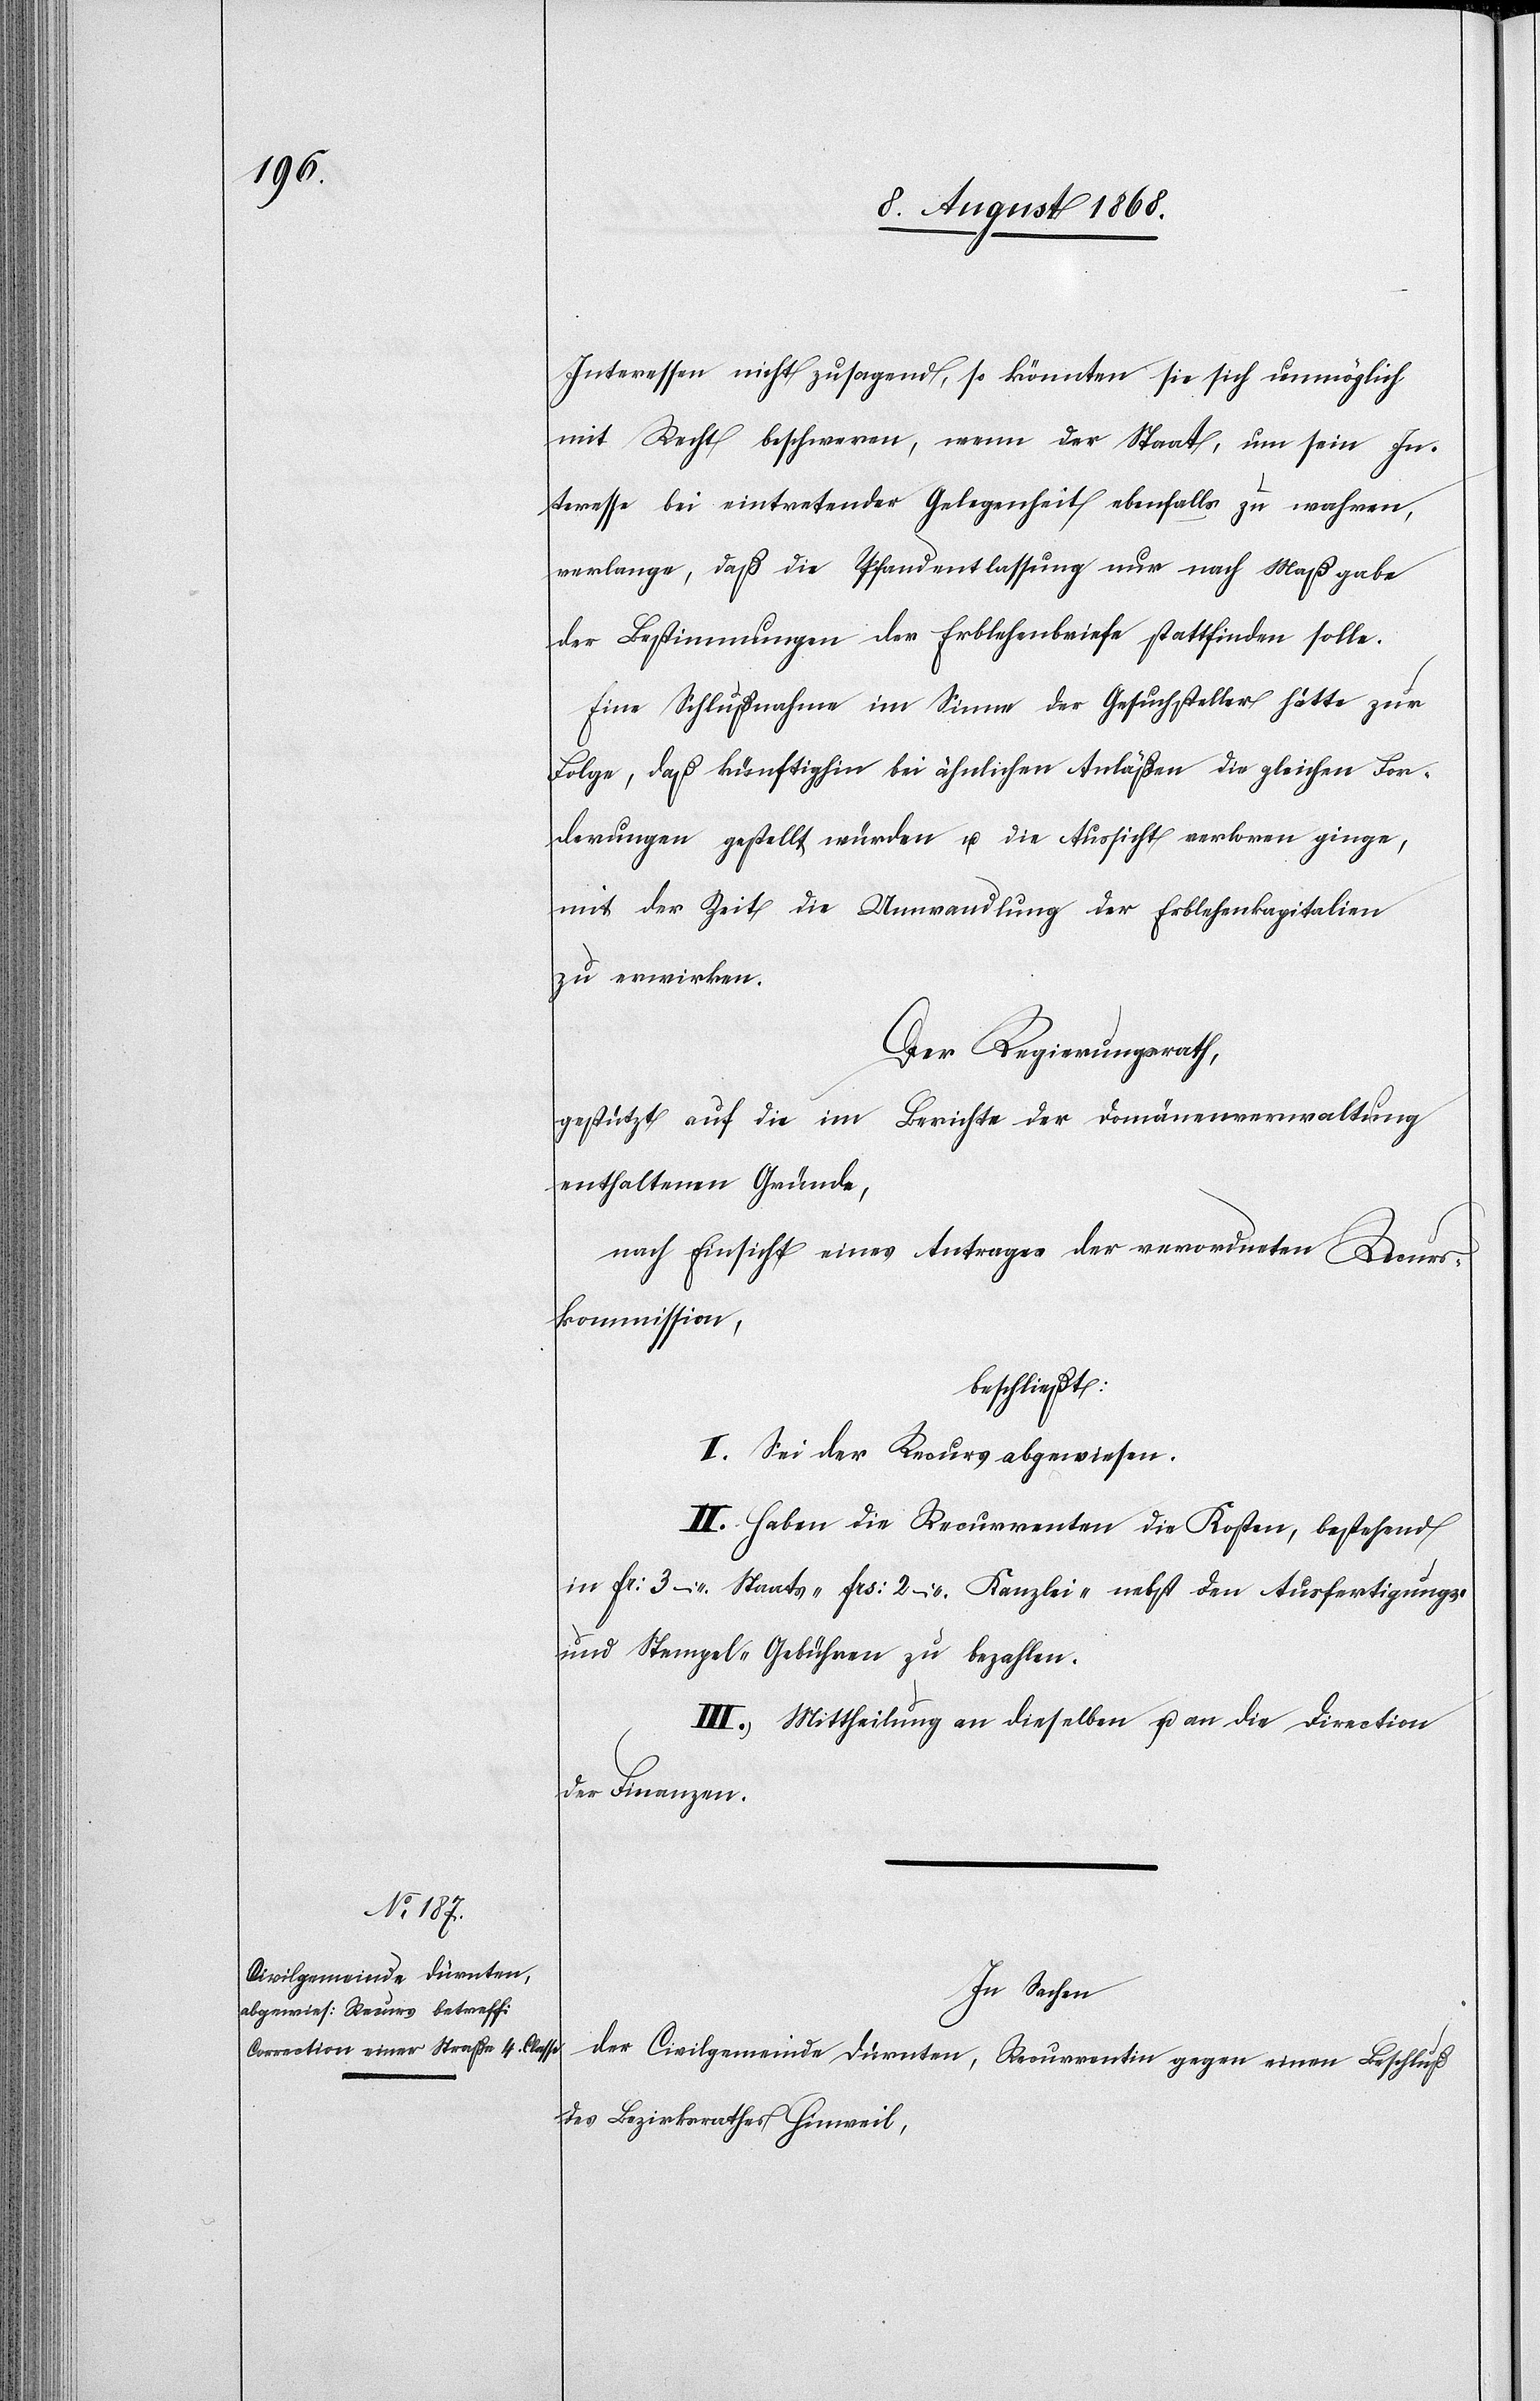
Interessen nicht zusagend, so könnten sie sich unmöglich
mit Recht beschweren, wenn der Staat, um sein In¬
teresse bei eintretender Gelegenheit ebenfalls zu wahren,
verlange, daß die Pfandentlassung nur nach Maßgabe
der Bestimmungen der Erblehenbriefe stattfinden solle.
Eine Schlußnahme im Sinne der Gesuchsteller hätte zur
Folge, daß künftighin bei ähnlichen Anläßen die gleichen For¬
derungen gestellt würden u. die Aussicht verloren ginge,
mit der Zeit die Umwandlung der Erblehenkapitalien
zu erwirken.
Der Regierungsrath,
gestützt auf die im Berichte der Domänenverwaltung
enthaltenen Gründe,
nach Einsicht eines Antrages der verordneten Recurs¬
kommission,
beschließt:
I. Sei der Recurs abgewiesen.
II. Haben die Recurrenten die Kosten, bestehend
in Fr: 3 – Staats-[,] Frs: 2 – Kanzlei-[,] nebst den Ausfertigungs-
und Stempel-Gebühren zu bezahlen.
III. Mittheilung an dieselben u. an die Direction
der Finanzen.
In Sachen
der Civilgemeinde Dürnten, Recurrentin gegen einen Beschluß
des Bezirksrathes Hinweil,